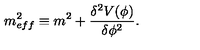
m _ { e f f } ^ { 2 } \equiv m ^ { 2 } + \frac { { \delta } ^ { 2 } V ( { \phi } ) } { { \delta } { \phi } ^ { 2 } } .